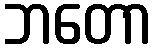
ဘတော